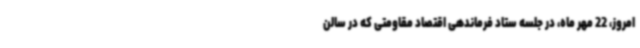
امروز، 22 مهر ماه، در جلسه ستاد فرماندهی اقتصاد مقاومتی که در سالن